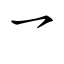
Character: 乛